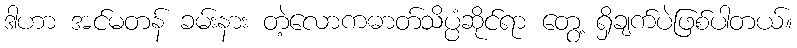
ဒါဟာ အင်မတန် ခမ်းနား တဲ့လောကဓာတ်သိပ္ပံဆိုင်ရာ တွေ့ ရှိချက်ပဲဖြစ်ပါတယ်။